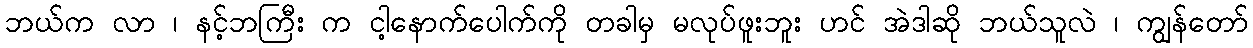
ဘယ်က လာ ၊ နင့်ဘကြီး က ငါ့နောက်ပေါက်ကို တခါမှ မလုပ်ဖူးဘူး ဟင် အဲဒါဆို ဘယ်သူလဲ ၊ ကျွန်တော်